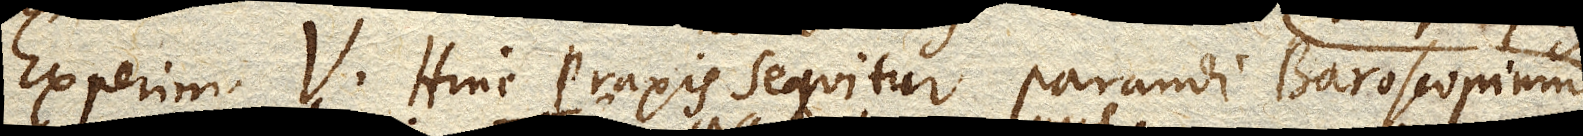
Experim. V. Hinc praxis sequitur parandi Baroscopium